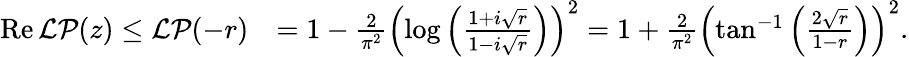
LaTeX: \begin{array}{rl}{\operatorname{Re}{\mathcal{LP}}(z)\leq\mathcal{LP}(-r)}&{=1-\frac{2}{\pi^{2}}\left(\log\left(\frac{1+i\sqrt{r}}{1-i\sqrt{r}}\right)\right)^{2}=1+\frac{2}{\pi^{2}}\left(\tan^{-1}\left(\frac{2\sqrt{r}}{1-r}\right)\right)^{2}.}\end{array}